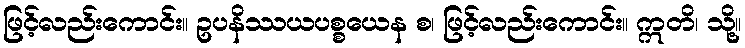
ဖြင့်လည်းကောင်း။ ဥပနိဿယပစ္စယေန စ၊ ဖြင့်လည်းကောင်း။ ဣတိ၊ သို့။